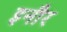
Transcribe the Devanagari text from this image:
इनौर